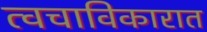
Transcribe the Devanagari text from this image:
त्वचाविकारात